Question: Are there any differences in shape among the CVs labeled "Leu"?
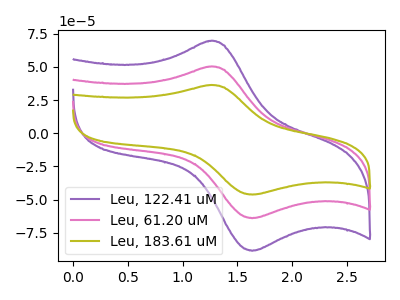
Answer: <think>The purple curve "Leu, 122.41 uM" has an anodic peak at (1.25V, 69.60uA) and a cathodic peak at (1.65V, -88.50uA). The pink curve "Leu, 61.20 uM" has an anodic peak at (1.25V, 50.25uA) and a cathodic peak at (1.65V, -63.95uA). The olive curve "Leu, 183.61 uM" has an anodic peak at (1.25V, 100.55uA) and a cathodic peak at (1.65V, -127.90uA).
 All the peaks in "Leu, 122.41 uM" have a peak in "Leu, 61.20 uM" at the same potential. Every peak in "Leu, 122.41 uM" is higher than every peak in "Leu, 61.20 uM". All the peaks in "Leu, 122.41 uM" have a peak in "Leu, 183.61 uM" at the same potential. Every peak in "Leu, 122.41 uM" is lower than every peak in "Leu, 183.61 uM". All the peaks in "Leu, 61.20 uM" have a peak in "Leu, 183.61 uM" at the same potential. Every peak in "Leu, 61.20 uM" is lower than every peak in "Leu, 183.61 uM".</think>
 <answer>All the CV's of "Leu" have similar shape.</answer>
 <eval>follow_rule</eval>